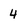
Character: 4